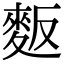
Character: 𪌆